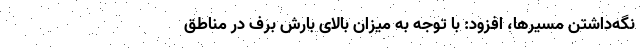
نگه‌داشتن مسیر‌ها، افزود: با توجه به میزان بالای بارش برف در مناطق